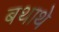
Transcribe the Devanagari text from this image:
बथाथे